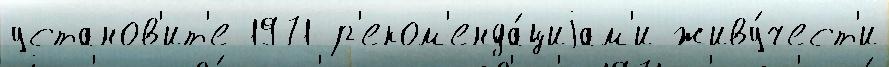
установ'ит'е 1971 р'еком'енда́циjам'и живу́чест'и